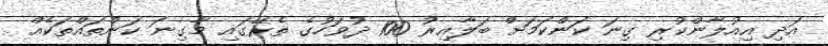
އަދި އިއުލާންކުރި ގިނަ ކަންކަމަށް ބަލާއިރު 100 ދުވަހުގެ ތެރޭގައި މާގިނަ ކަންތައްތަކެއް